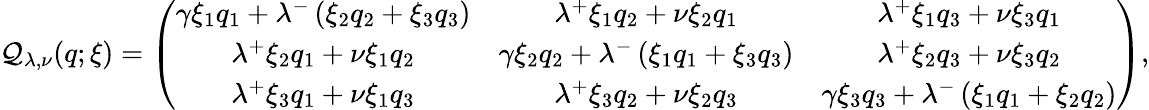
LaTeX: \mathcal{Q}_{\lambda,\nu}(q;\xi)=\left(\begin{array}{ccc}{\gamma\xi_{1}q_{1}+\lambda^{-}\left(\xi_{2}q_{2}+\xi_{3}q_{3}\right)}&{\lambda^{+}\xi_{1}q_{2}+\nu\xi_{2}q_{1}}&{\lambda^{+}\xi_{1}q_{3}+\nu\xi_{3}q_{1}}\\ {\lambda^{+}\xi_{2}q_{1}+\nu\xi_{1}q_{2}}&{\gamma\xi_{2}q_{2}+\lambda^{-}\left(\xi_{1}q_{1}+\xi_{3}q_{3}\right)}&{\lambda^{+}\xi_{2}q_{3}+\nu\xi_{3}q_{2}}\\ {\lambda^{+}\xi_{3}q_{1}+\nu\xi_{1}q_{3}}&{\lambda^{+}\xi_{3}q_{2}+\nu\xi_{2}q_{3}}&{\gamma\xi_{3}q_{3}+\lambda^{-}\left(\xi_{1}q_{1}+\xi_{2}q_{2}\right)}\end{array}\right),